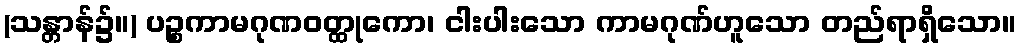
(သန္တာန်၌။) ပဉ္စကာမဂုဏဝတ္ထုကော၊ ငါးပါးသော ကာမဂုဏ်ဟူသော တည်ရာရှိသော။